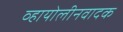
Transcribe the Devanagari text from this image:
व्हायोलीनवादक